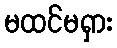
မထင်မရှား